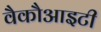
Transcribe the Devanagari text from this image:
वैकौआइटी